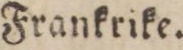
Frankrike.